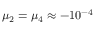
\mu _ { 2 } = \mu _ { 4 } \approx - 1 0 ^ { - 4 }